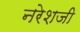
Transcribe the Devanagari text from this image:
नरेशजी